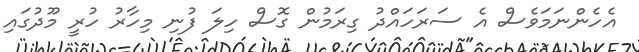
އެހެންނަމަވެސް އެ ސަރަހައްދު ގިރަމުން ގޮސް ހިލަ ފުނި މިހާރު ހުރީ މޫދުގައި